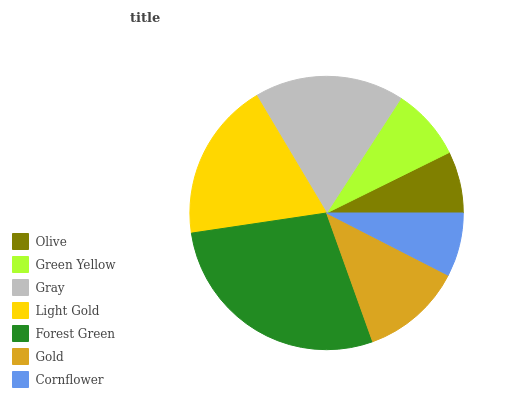
| Olive | Green Yellow | Gray | Light Gold | Forest Green | Gold | Cornflower |
 | --- | --- | --- | --- | --- | --- | --- |
 | 7.31% | 8.55% | 17.7% | 18.8% | 28.2% | 12% | 7.53% |